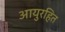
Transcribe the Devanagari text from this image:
आयुरहित